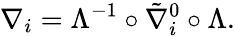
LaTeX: \nabla_{i}=\Lambda^{-1}\circ\tilde{\nabla}_{i}^{0}\circ\Lambda.